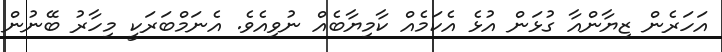
އަހަރެން ޒިޔާންއާ ގުޅަން އުޅެ އެކަމެއް ކާމިޔާބެއް ނުވިއެވެ. އެނަމްބަރަކީ މިހާރު ބޭނުން